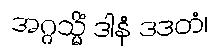
အဂ္ဂသ္မိံ ဒါနံ ဒဒတံ၊